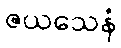
ဇယသေနံ